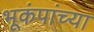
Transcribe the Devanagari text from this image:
भूकंपांच्या